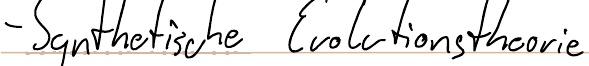
- Synthetische Evolutionstheorie